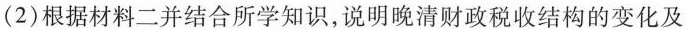
(2)根据材料二并结合所学知识,说明晚清财政税收结构的变化及